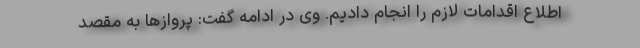
اطلاع اقدامات لازم را انجام دادیم. وی در ادامه گفت: پروازها به مقصد